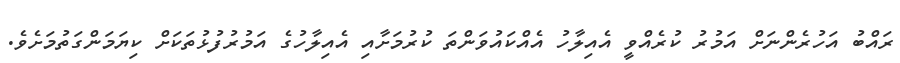
ރައްބު އަހުރެންނަށް އަމުރު ކުރެއްވީ އެއިލާހު އެއްކައުވަންތަ ކުރުމަށާއި އެއިލާހުގެ އަމުރުފުޅުތަކަށް ކިޔަމަންގަތުމަށެވެ.